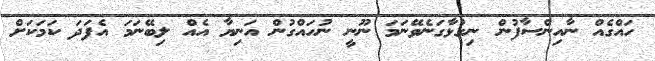
ހައްގެއް ނާއިންސާފުން ނިގުޅާގަނެވޭނަމަ ނޫނީ ނުހައްގުން އަނިޔާ އެއް ލިބޭނަމަ އެފަދަ ކަމަކަށް